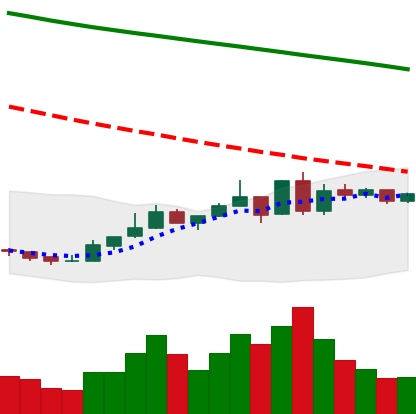
Ticker: ETC-USD
Chart end date: 2019-01-01
Forward return: 5.288%
Label: up_5_7